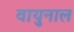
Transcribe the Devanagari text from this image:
वायुनाल